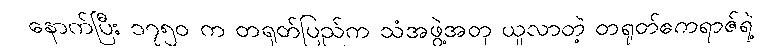
နောက်ပြီး ၁၇၅၀ က တရုတ်ပြည်က သံအဖွဲ့အတု ယူလာတဲ့ တရုတ်ဧကရာဇ်ရဲ့